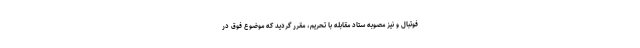
فوتبال و نیز مصوبه ستاد مقابله با تحریم، مقرر گردید که موضوع فوق در